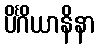
ပိင်္ဂိယာနိနာ